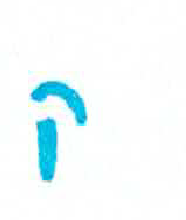
אות: ק